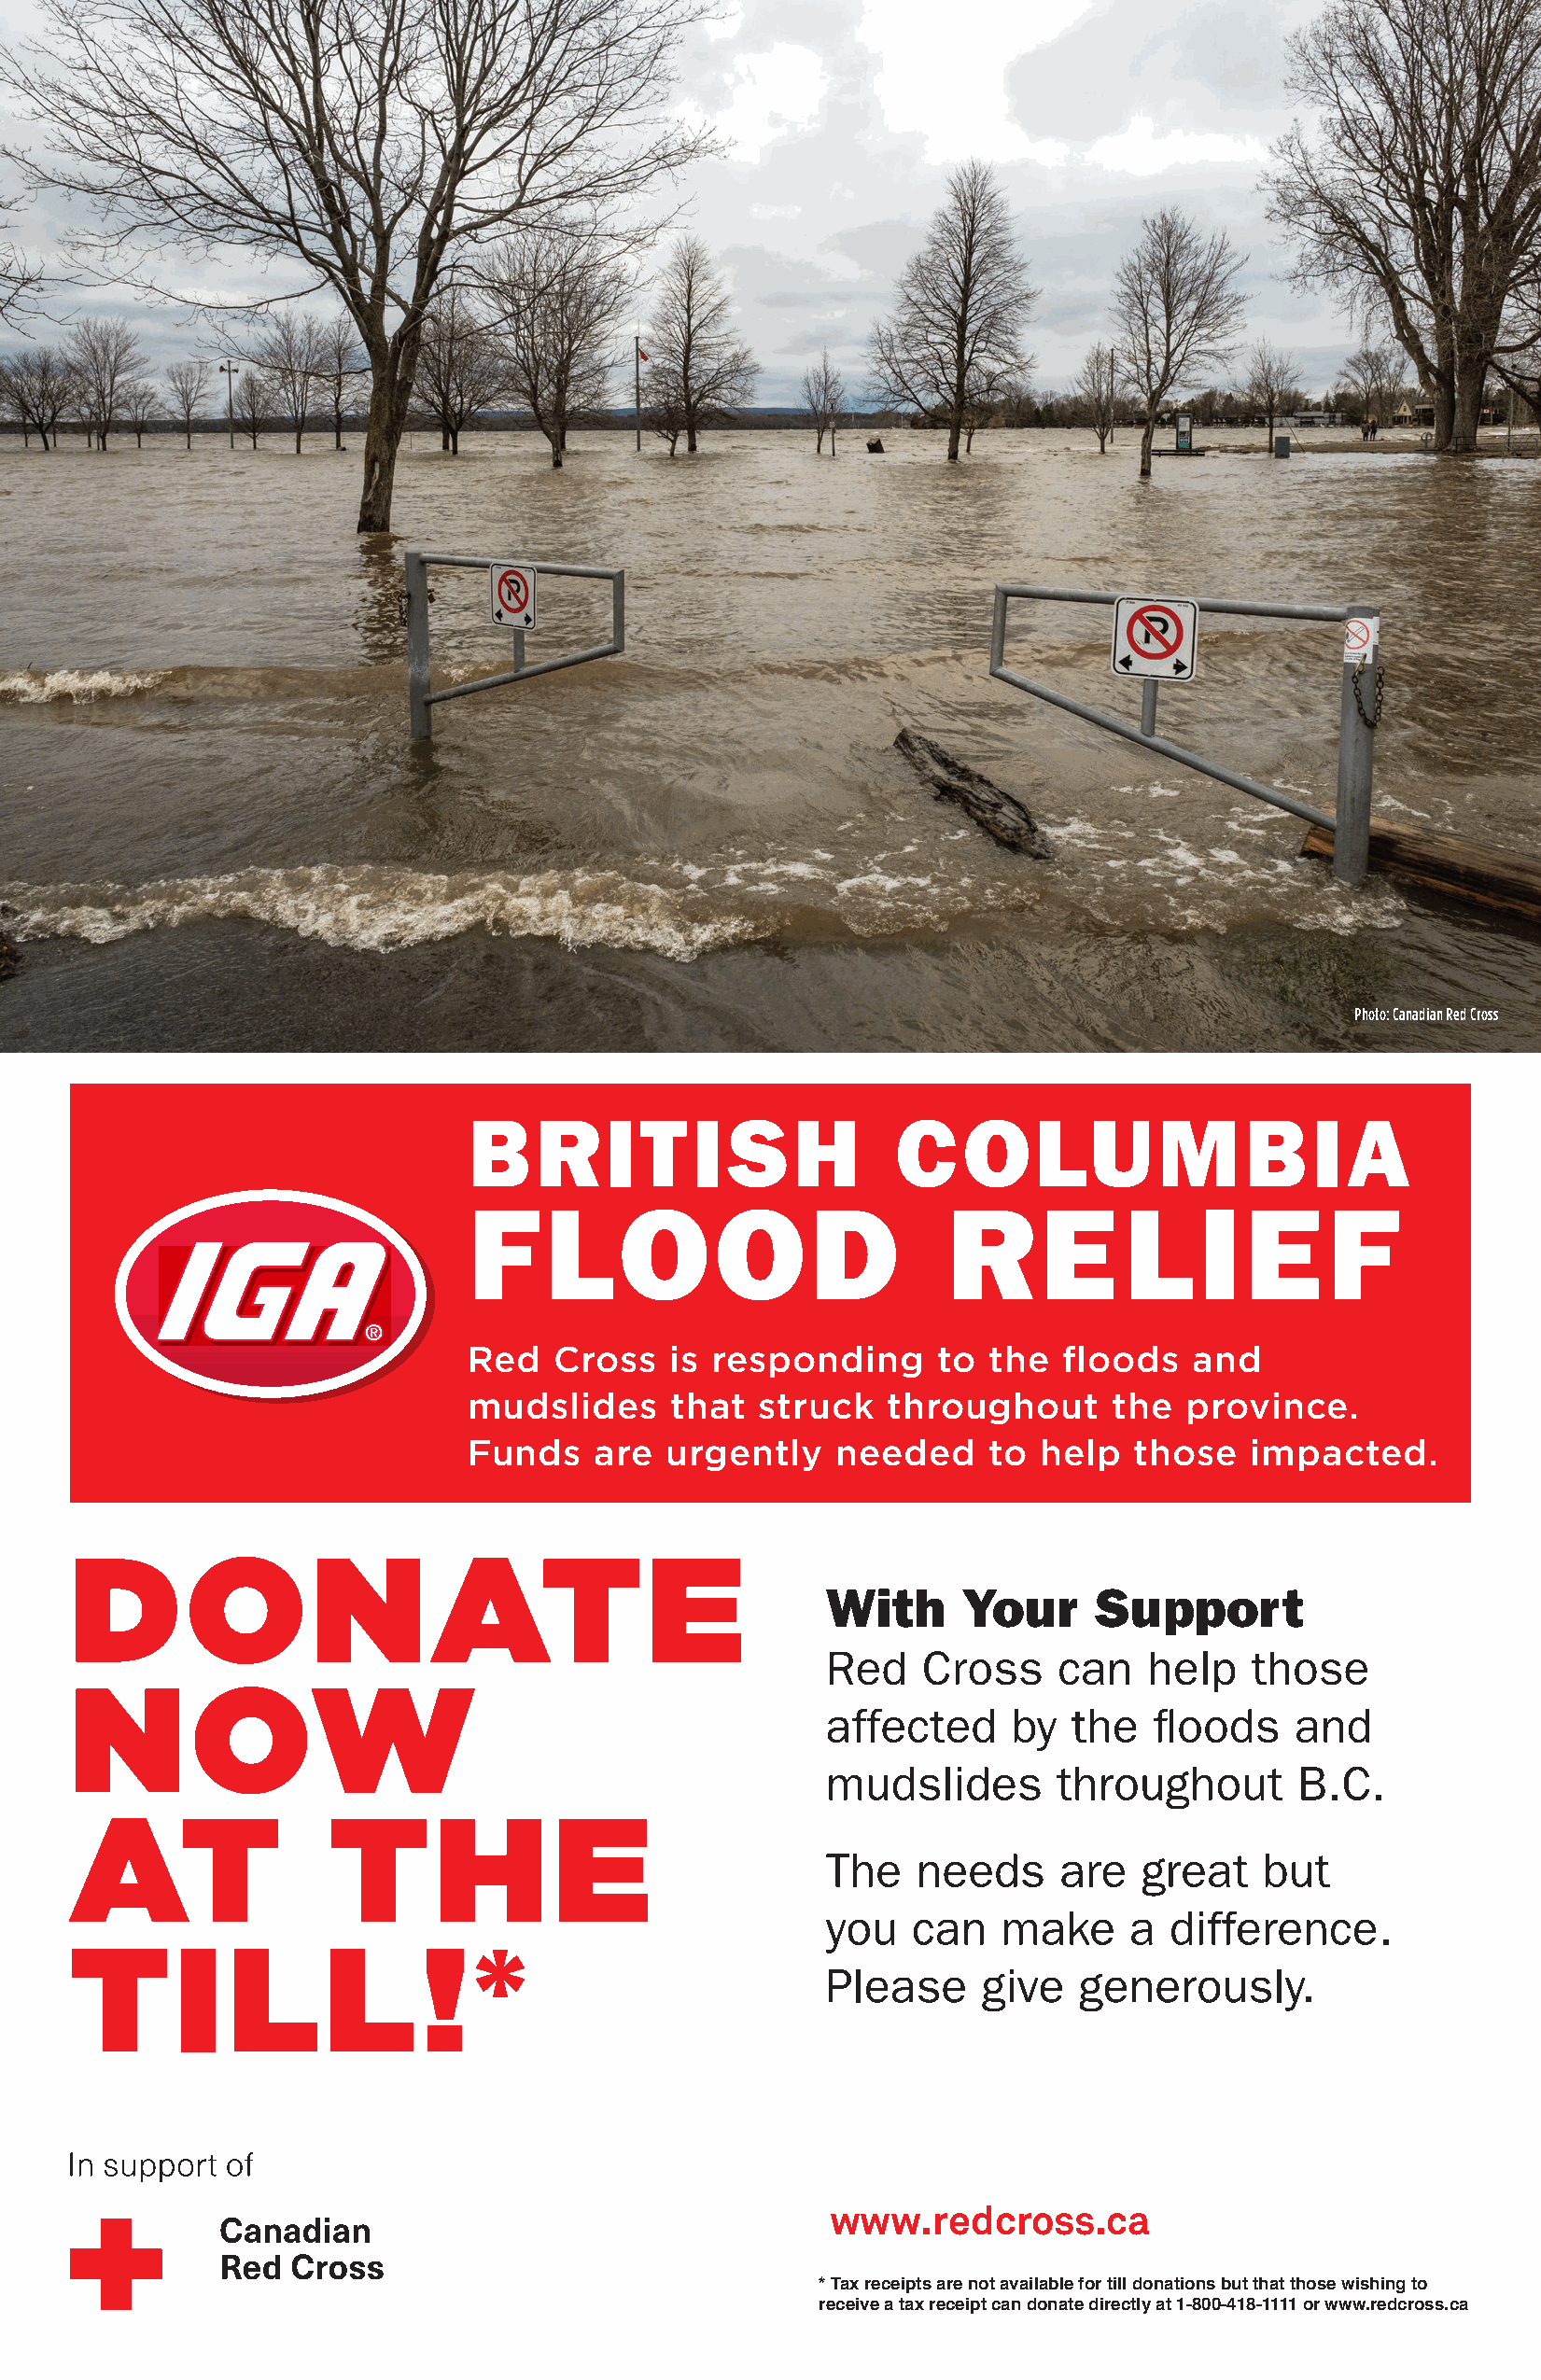
NEPAL                            REGION
 EARTHQUAKE
 YOUR          HELP          IS
 URGENTLY
 NEEDED
 The  Red   Cross   is responding     to a  massive
 earthquake      that  struck   Nepal   and   surrounding
 areas.  Funds    are  urgently   needed     to save   lives
 Photo: Canadian Red Cross
 and  provide    help  to those   impacted     by  the
 earthquake.
 BRITISH                       COLUMBIA
 FLOOD                             RELIEF
 With    your   support       the   Red   Cross
 Event    Name
 can   continue       to  help    people
 Red   Cross    is responding     to  the  floods    and
 Address
 mudslides      that  struackff tehcroteudgh boyu tt hthee Nperopvainlc Ree. gion
 Date
 Funds    are  urgently    needed     to  help  those    impacted.
 Earthquake.
 Time
 DONATE
 With     Your      Support
 Red   Cross     can   help    those
 N        OW                                           The   needs     are   great   but   you
 affected     by  the   floods    and
 can   make     a  difference.
 mudslides       throughout       B.C.
 All  funds    raised    will  support
 AT                T       H       E
 the   Canadian       Red   Cross.
 The   needs     are   great    but
 you   can   make     a  difference.
 T      I   L      L      !   *
 Please     give  generously.
 In support  of
 You    can    make      a  difference.
 Please      give    generously.
 1-800-418-1111
 www.redcross.ca
 * Tax receipts are not available for till donations but that those wishing to
 receive a tax receipt can donate directly at 1-800-418-1111 or www.redcross.ca